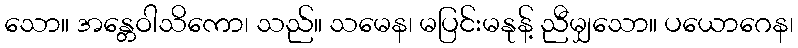
သော။ အန္တေဝါသိကော၊ သည်။ သမေန၊ မပြင်းမနုန့် ညီမျှသော။ ပယောဂေန၊